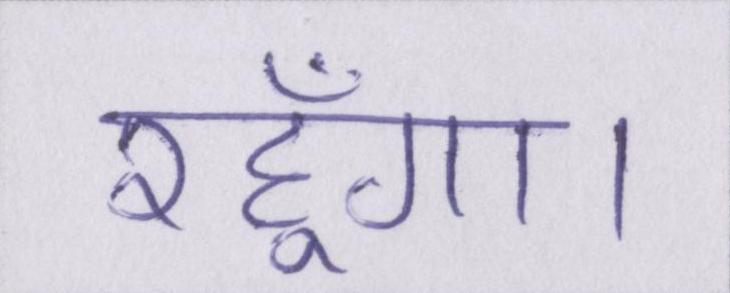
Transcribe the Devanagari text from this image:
रहूँगा।